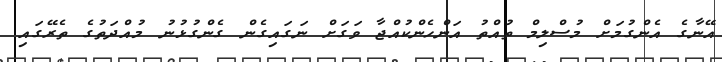
އޭނާގެ އެންގުމަށް މުސްލިމް ތުއްތު އަންހެންކުއްޖާ ވަގަށް ނަގައިގެން ގެންގުޅުނު މުއްދަތުގެ ތެރޭގައި